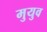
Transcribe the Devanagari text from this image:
मुयुव